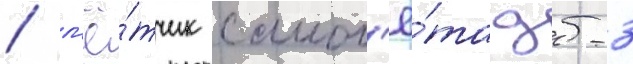
/ л'ё́тчик самол'ё́та дб-3